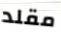
مقلد